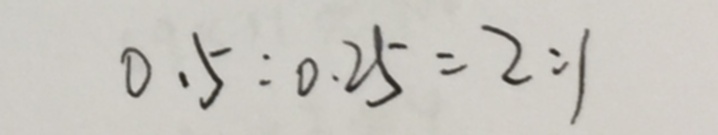
0 . 5 : 0 . 2 5 = 2 : 1